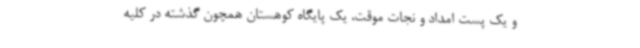
و یک پست امداد و نجات موقت، یک پایگاه کوهستان همچون گذشته در کلیه